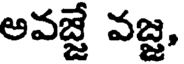
అవబ్జే వజ్జ,